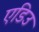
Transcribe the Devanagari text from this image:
एडिउ